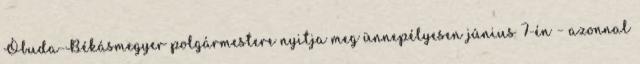
Óbuda-Békásmegyer polgármestere nyitja meg ünnepélyesen június 7-én – azonnal